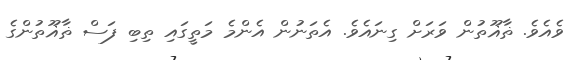
ވެއެވެ. ޡާޣޫތުން ވަރަށް ގިނައެވެ. އެތަނުން އެންމެ މަތީގައި ތިބި ފަސް ޡާޣޫތުންގެ